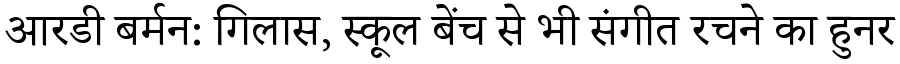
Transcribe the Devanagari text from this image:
आरडी बर्मन: गिलास, स्कूल बेंच से भी संगीत रचने का हुनर